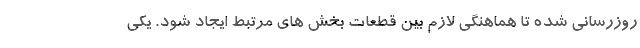
روزرسانی شده تا هماهنگی لازم بین قطعات بخش های مرتبط ایجاد شود. یکی